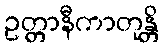
ဥတ္တာနီကာတုန္တိ